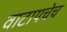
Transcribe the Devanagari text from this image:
वाटायचेच